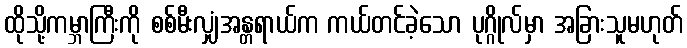
ထိုသို့ကမ္ဘာကြီးကို စစ်မီးလျှံအန္တရာယ်က ကယ်တင်ခဲ့သော ပုဂ္ဂိုလ်မှာ အခြားသူမဟုတ်